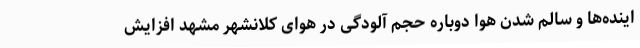
اینده‌ها و سالم شدن هوا دوباره حجم آلودگی در هوای کلانشهر مشهد افزایش